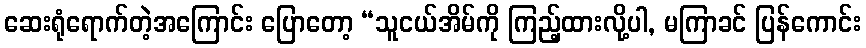
ဆေးရုံရောက်တဲ့အကြောင်း ပြောတော့ “သူငယ်အိမ်ကို ကြည့်ထားလို့ပါ, မကြာခင် ပြန်ကောင်း